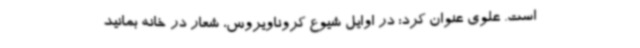
است. علوی عنوان کرد: در اوایل شیوع کروناویروس، شعار در خانه بمانید